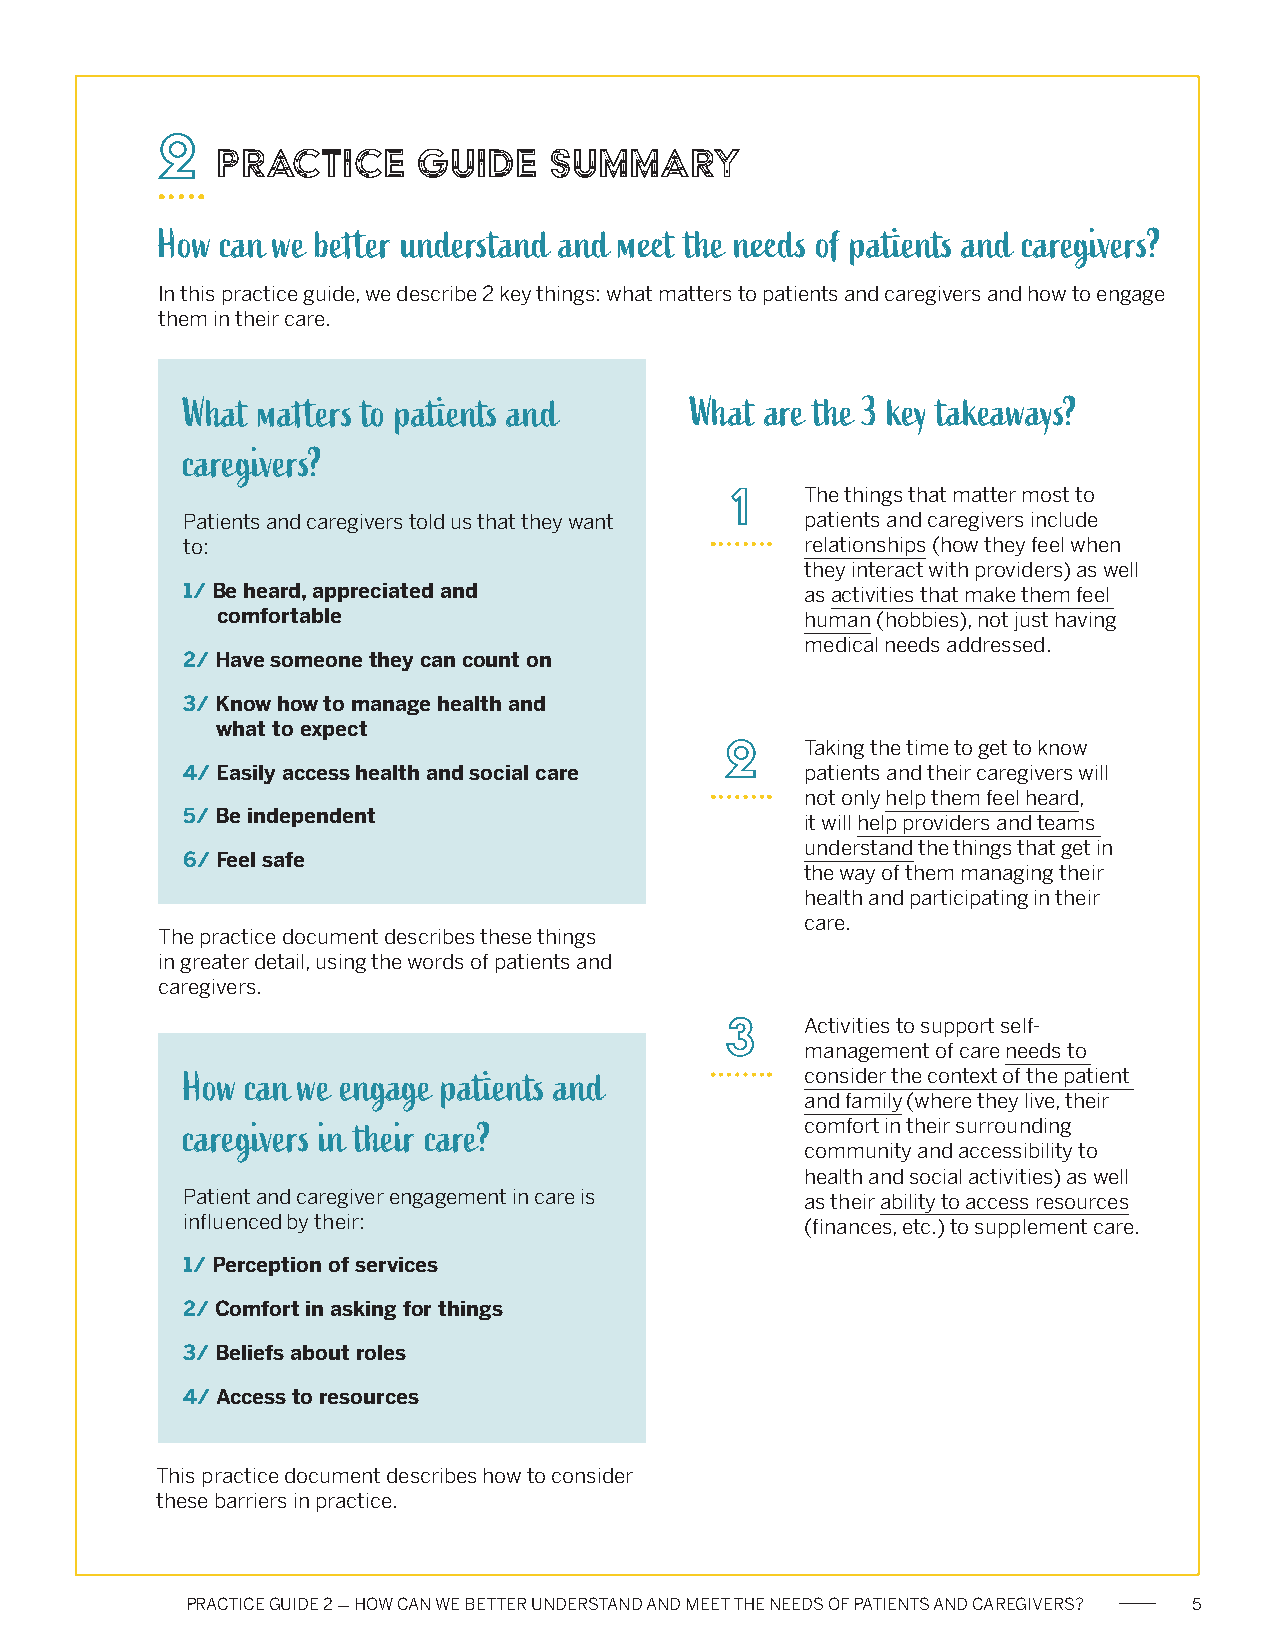
2
 Practice      Guide   Summary
 How  can we better understand and meet the needs of patients and caregivers?
 In this practice guide, we describe 2 key things: what matters to patients and caregivers and how to engage
 them in their care.
 What matters to patients and      What are the 3 key takeaways?
 caregivers?
 1
 The things that matter most to
 Patients and caregivers told us that they want patients and caregivers include
 to:                                      relationships (how they feel when
 they interact with providers) as well
 1/ Be heard, appreciated and             as activities that make them feel
 comfortable                            human (hobbies), not just having
 medical needs addressed.
 2/ Have someone they can count on
 3/ Know how to manage health and
 what to expect
 2
 Taking the time to get to know
 4/ Easily access health and social care  patients and their caregivers will
 not only help them feel heard,
 5/ Be independent                        it will help providers and teams
 understand the things that get in
 6/ Feel safe
 the way of them managing their
 health and participating in their
 care.
 The practice document describes these things
 in greater detail, using the words of patients and
 caregivers.
 3
 Activities to support self-
 management of care needs to
 How can we engage patients and           consider the context of the patient
 and family (where they live, their
 caregivers in their care?                comfort in their surrounding
 community and accessibility to
 health and social activities) as well
 Patient and caregiver engagement in care is as their ability to access resources
 influenced by their:                     (finances, etc.) to supplement care.
 1/ Perception of services
 2/ Comfort in asking for things
 3/ Beliefs about roles
 4/ Access to resources
 This practice document describes how to consider
 these barriers in practice.
 PRACTICE GUIDE 2 - HOW CAN WE BETTER UNDERSTAND AND MEET THE NEEDS OF PATIENTS AND CAREGIVERS? 5